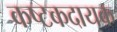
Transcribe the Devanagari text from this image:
कष्टकदायक